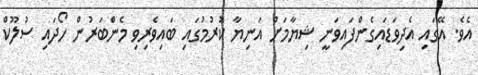
އެވެ. އޭގައި އެދިވަޑައިގެންފައިވަނީ ޝިޔާމަށް އަނިޔާ ކުރުމުގައި ބައިވެރިވި މެންބަރުން ހޯދައި ސުލޫކް